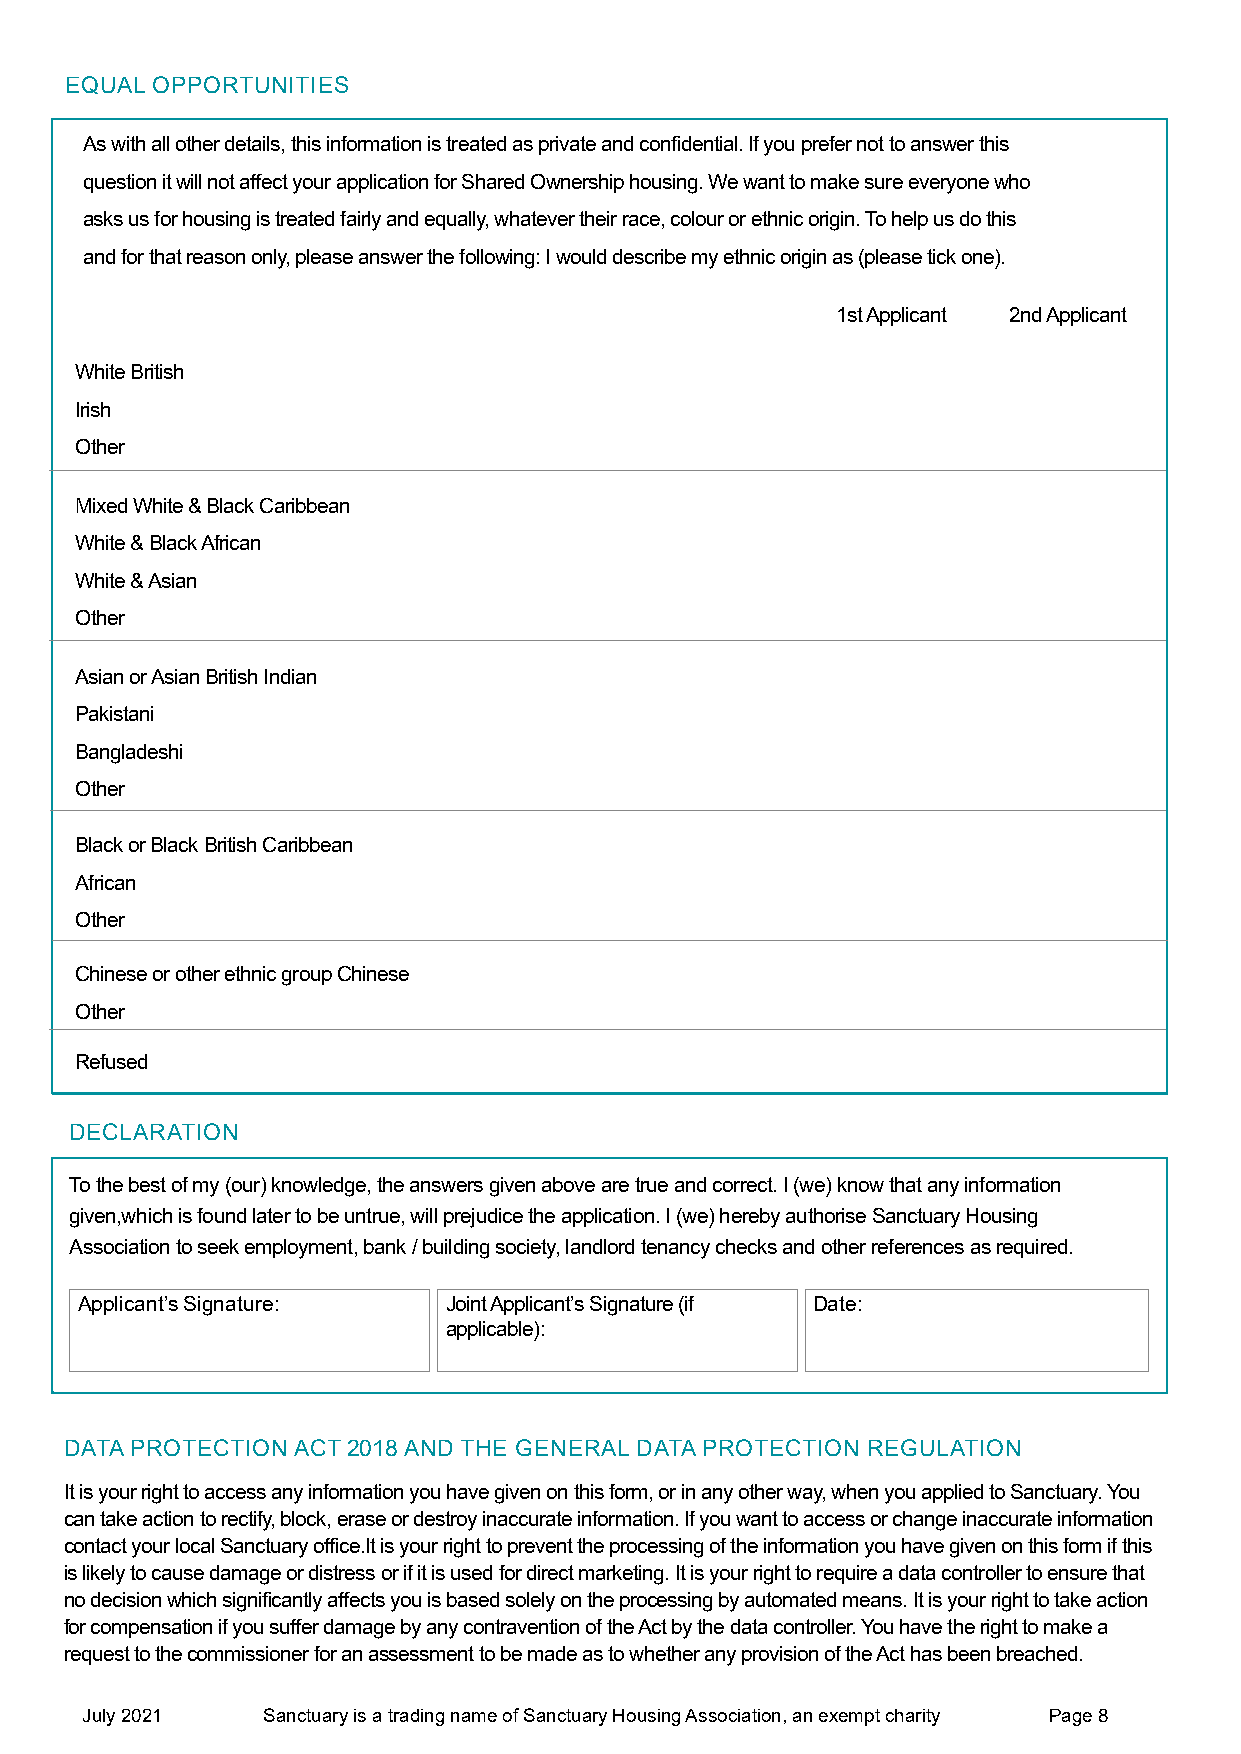
EQUAL OPPORTUNITIES
 As with all other details, this information is treated as private and confidential. If you prefer not to answer this
 question it will not affect your application for Shared Ownership housing. We want to make sure everyone who
 asks us for housing is treated fairly and equally, whatever their race, colour or ethnic origin. To help us do this
 and for that reason only, please answer the following: I would describe my ethnic origin as (please tick one).
 1st Applicant 2nd Applicant
 White British
 Irish
 Other
 Mixed White & Black Caribbean
 White & Black African
 White & Asian
 Other
 Asian or Asian British Indian
 Pakistani
 Bangladeshi
 Other
 Black or Black British Caribbean
 African
 Other
 Chinese or other ethnic group Chinese
 Other
 Refused
 DECLARATION
 To the best of my (our) knowledge, the answers given above are true and correct. I (we) know that any information
 given,which is found later to be untrue, will prejudice the application. I (we) hereby authorise Sanctuary Housing
 Association to seek employment, bank / building society, landlord tenancy checks and other references as required.
 Applicant’s Signature:  Joint Applicant’s Signature (if Date:
 applicable):
 DATA PROTECTION ACT 2018 AND THE GENERAL DATA PROTECTION REGULATION
 It is your right to access any information you have given on this form, or in any other way, when you applied to Sanctuary. You
 can take action to rectify, block, erase or destroy inaccurate information. If you want to access or change inaccurate information
 contact your local Sanctuary office.It is your right to prevent the processing of the information you have given on this form if this
 is likely to cause damage or distress or if it is used for direct marketing. It is your right to require a data controller to ensure that
 no decision which significantly affects you is based solely on the processing by automated means. It is your right to take action
 for compensation if you suffer damage by any contravention of the Act by the data controller. You have the right to make a
 request to the commissioner for an assessment to be made as to whether any provision of the Act has been breached.
 July 2021   Sanctuary is a trading name of Sanctuary Housing Association, an exempt charity Page 8